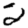
Digit: 2